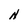
Character: N